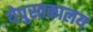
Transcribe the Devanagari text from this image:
येपुस्तकालय